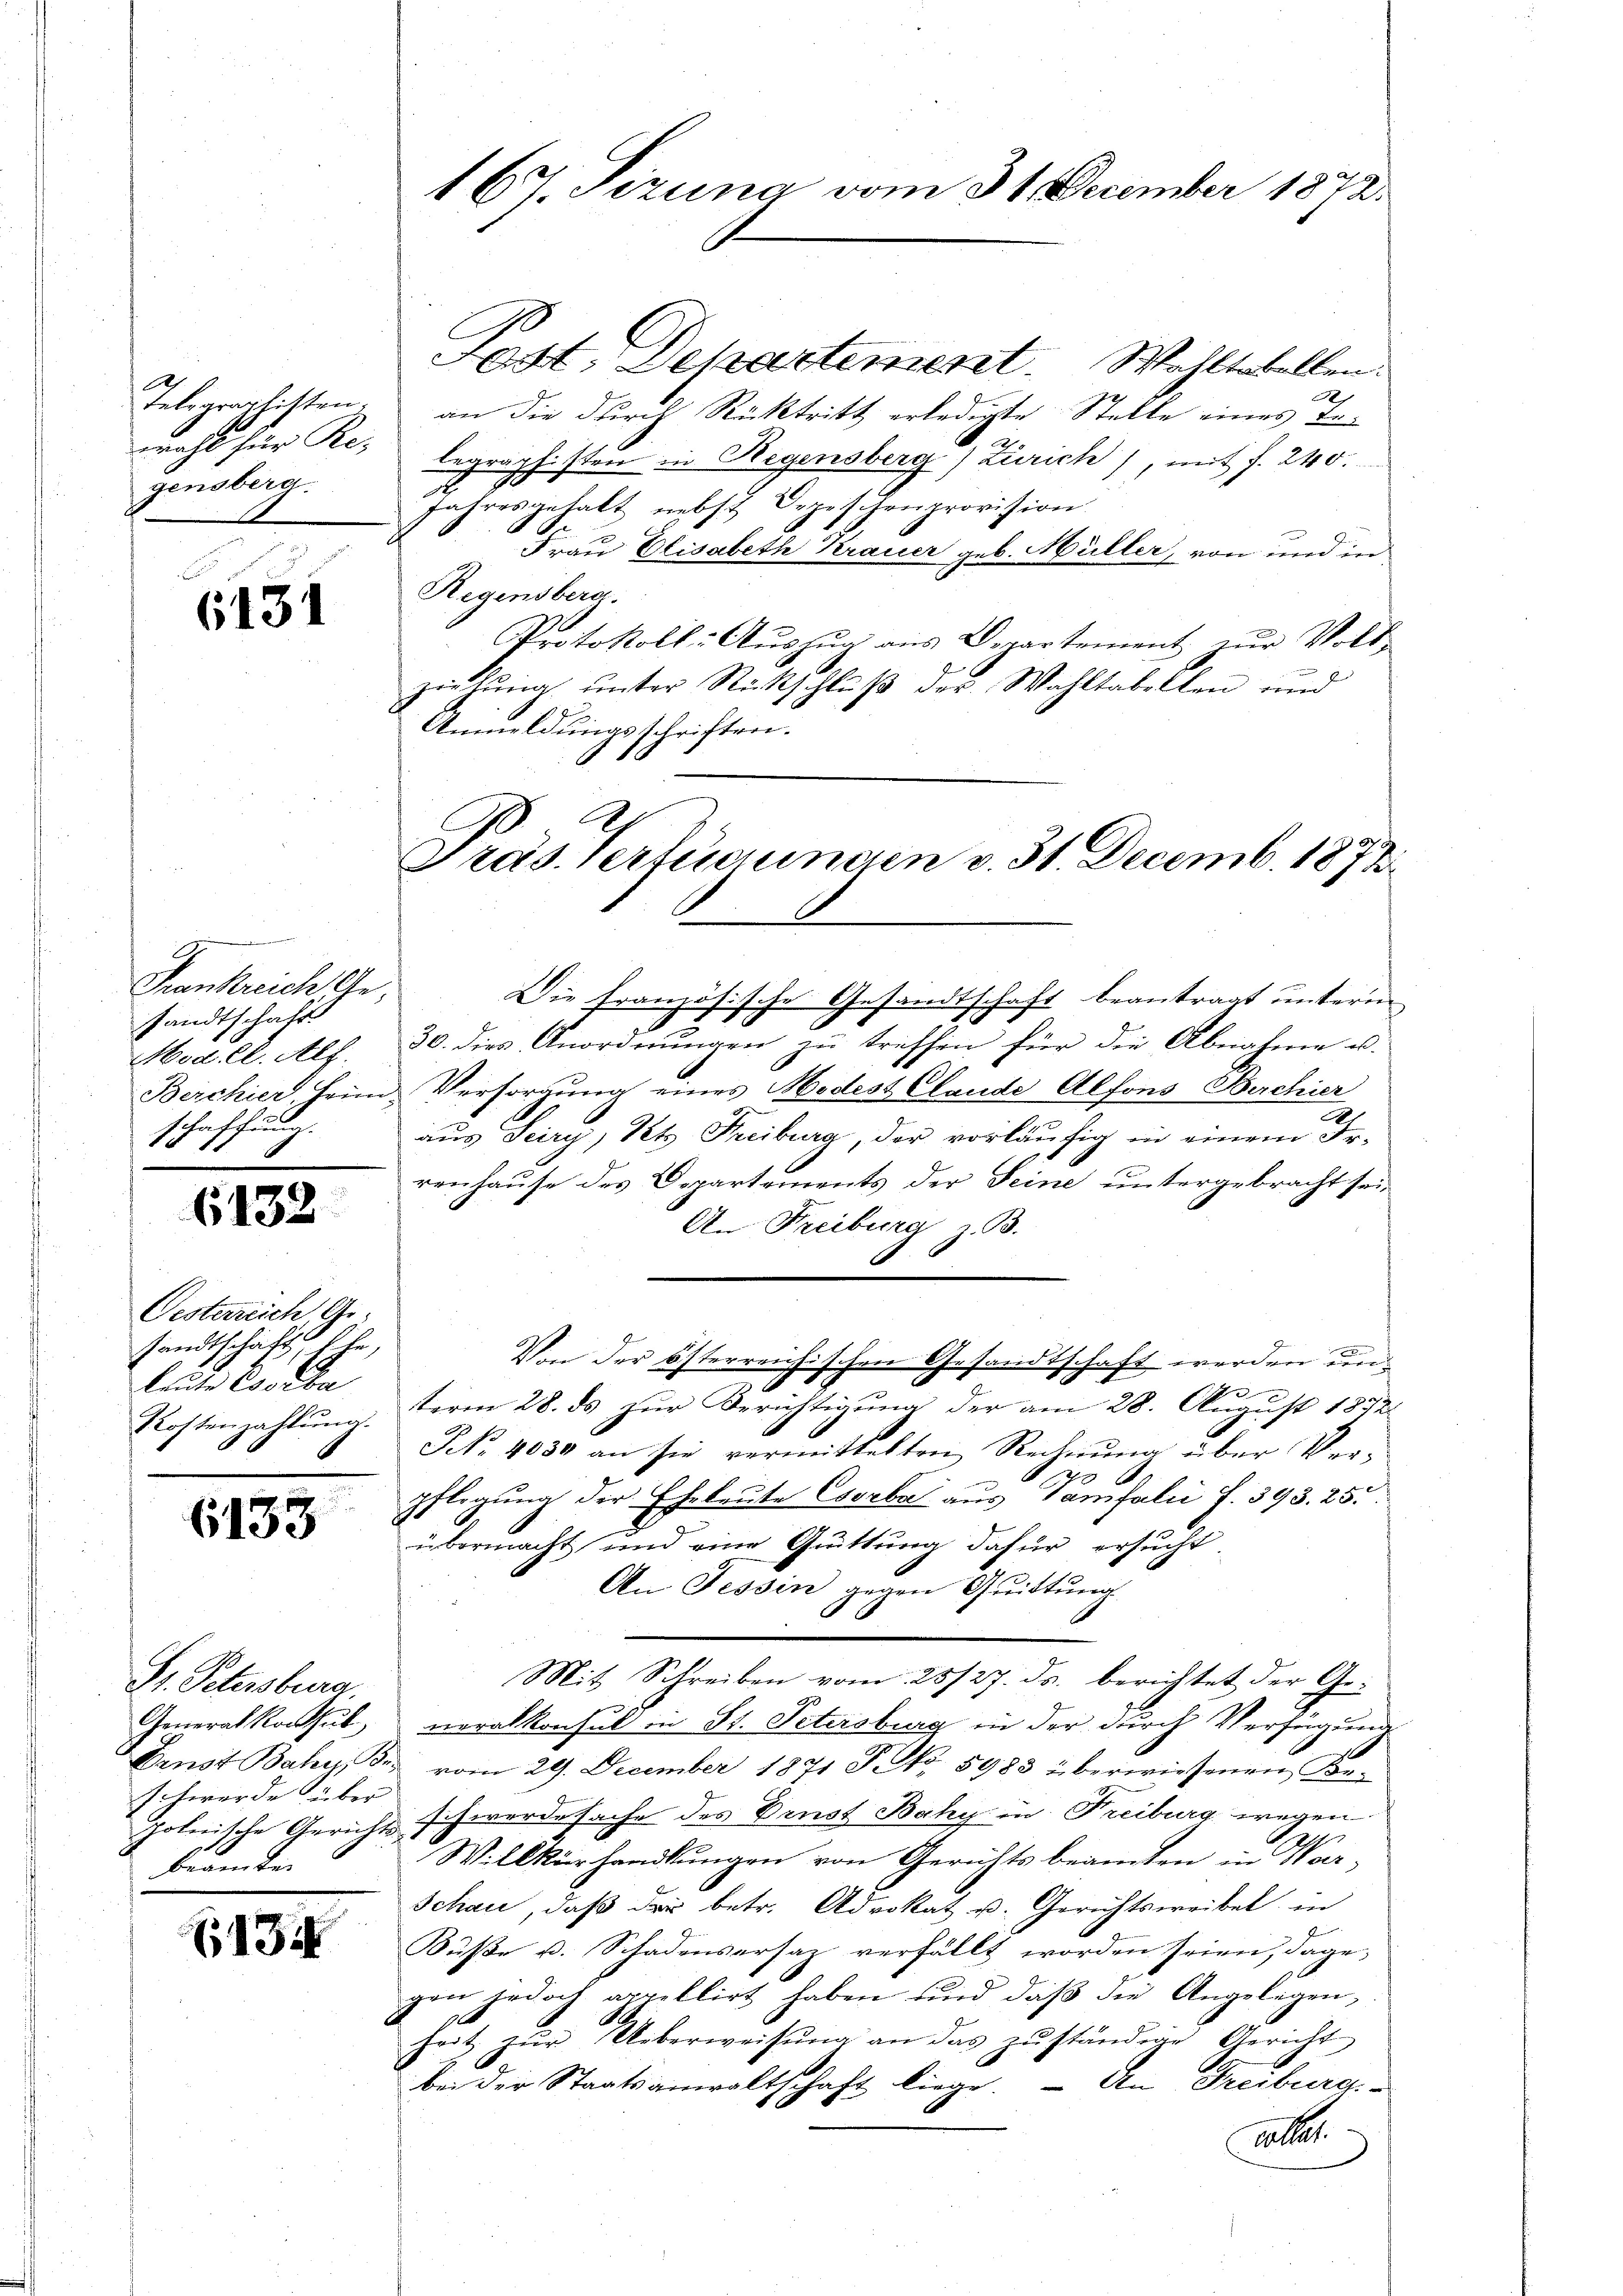
gensberg.

6131

Frankreich Ge
sandtschaft
Model. Alf
Berchier beim
schaffung.

612

.

Oesterreich, Ge-
sandtschaft, Ehe,
leute Corba
Kostenzahlung.

6133

Fest. Departement. Wohltobellen.
e
Telegraphisten, an die durch Rücktritt erledigte Stelle eines Tewohl für Kl. begraphisten in Regensberg (Zürich), mit f. 240.
Jahresgehalt nebst Depeschenprovision.
Frau Elisabeth Krauer geb. Müller, von und in
Regensberg.
.
Protokoll- Aŭszŭg aŭs Departement zŭr Voll-
e
zielung unter Rückschluß der Wahltabellen und
Anmeldungsschriften.

Hr. Petersburg.
Generalkonsul
schwerde über
beamten

134

16t Sizung vom 31. December 1872.

Präs. Verfügungen v. 31. Decemb. 1873

Die französische Gesandtschaft beantragt untern
F
30. dies Anordnungen zu treffen für die Abnahme u.
Versorgung eines Medest Claude Alfons Berchier
aus Seiry, Pets. Freiburg, der vorläufig in einem Fr.
renhause des Departements der Seine untergebracht sei,
An Freiburg z. B.
Von der österreichischen Gesandtschaft werden un¬
1
term 28. ds zur Berichtigung der am 28. August 1872
NNo. 4030 an sie vermittelten Rechnŭng über Ver-
3 x
pflegung der Eheleute Eserba aus Tamfalii f. 393. 25.
übermacht und eine Quittung dafür ersucht.
An Tessin gegen Quittung
Mit Schreiben vom 25/27. ds. berichtet der Ge-
neralkonsul in St. Petersburg in der durch Verfügung
Genst Bahn, es vom 29. December 1871 Frk. 5983 überwiesenen Be-
polnische Gerichts schwerde sache des Ernst Baky in Freiburg wegen
Willkürhandlungen von Gerichtsbeamten in War-
Schau, daß der betr. Advokat u. Gerichtsweibel in
Küße u. Schadensersaz verfällt worden seien, dagegen jedoch arzellirt haben und daß die Angelegen,
heit zŭr Ueberweisŭng an das zŭständige Gericht
bei der Staatsanwaltschaft liege. — An Freiburg
Mlle.